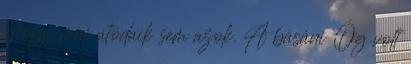
ahogy mai utódaik sem azok. A básáni Óg volt